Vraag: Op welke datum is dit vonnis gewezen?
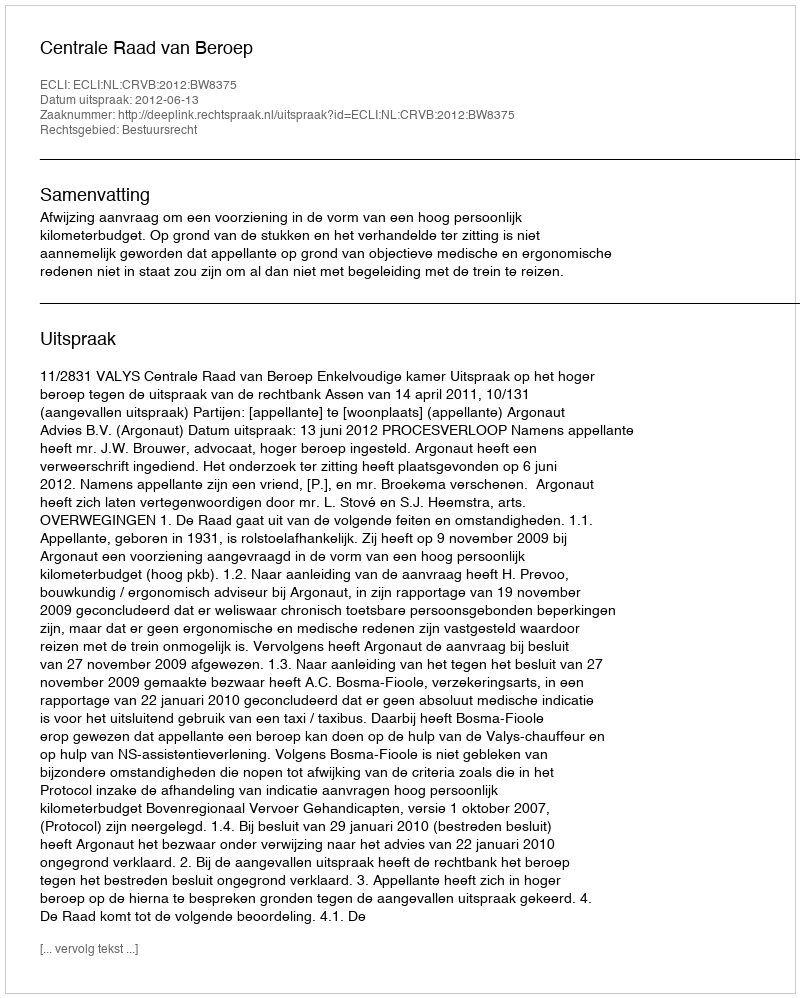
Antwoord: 2012-06-13